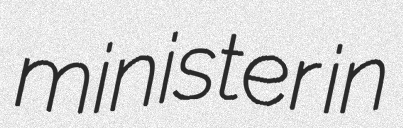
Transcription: minister in